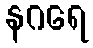
နဂရေ